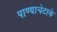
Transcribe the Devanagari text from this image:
पाण्याचेटाके